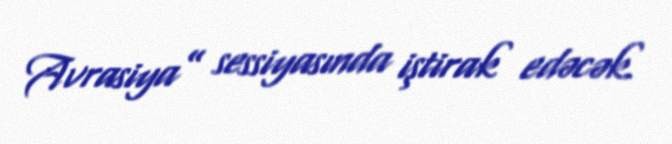
Avrasiya” sessiyasında iştirak edəcək.